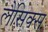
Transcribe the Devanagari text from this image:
लैसिक्स